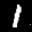
Label: 1